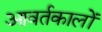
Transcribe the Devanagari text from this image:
आवर्तकालों